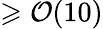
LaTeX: \geqslant\mathcal{O}(10)